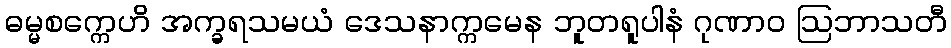
ဓမ္မစက္ကေဟိ အက္ခရသမယံ ဒေသနာက္ကမေန ဘူတရူပါနံ ဂုဏာဝ ဩဘာသတီ